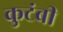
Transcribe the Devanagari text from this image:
कुटंबी